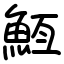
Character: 䱍